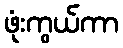
ဖုံးကွယ်ကာ